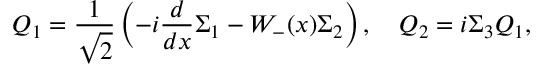
{ \cal Q } _ { 1 } = \frac { 1 } { \sqrt { 2 } } \left( - i \frac { d } { d x } { \Sigma _ { 1 } } - W _ { - } ( x ) \Sigma _ { 2 } \right) , \quad { \cal Q } _ { 2 } = i \Sigma _ { 3 } { \cal Q } _ { 1 } ,